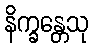
နိက္ခန္တေသု